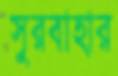
সুরবাহার